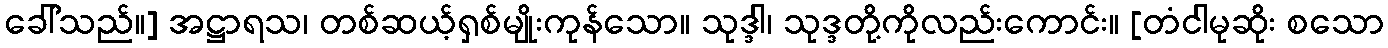
ခေါ်သည်။] အဋ္ဌာရသ၊ တစ်ဆယ့်ရှစ်မျိုးကုန်သော။ သုဒ္ဒါ၊ သုဒ္ဒတို့ကိုလည်းကောင်း။ [တံငါမုဆိုး စသော